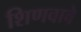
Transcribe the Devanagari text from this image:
शिणवावे